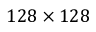
1 2 8 \times 1 2 8